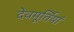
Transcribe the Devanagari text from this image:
देवमूर्तियां